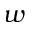
w